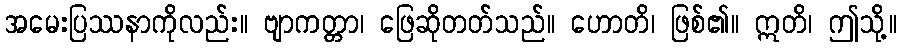
အမေးပြဿနာကိုလည်း။ ဗျာကတ္တာ၊ ဖြေဆိုတတ်သည်။ ဟောတိ၊ ဖြစ်၏။ ဣတိ၊ ဤသို့။